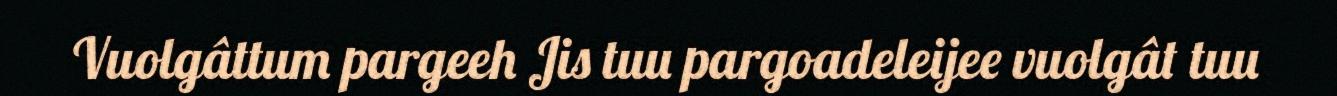
Vuolgâttum pargeeh Jis tuu pargoadeleijee vuolgât tuu